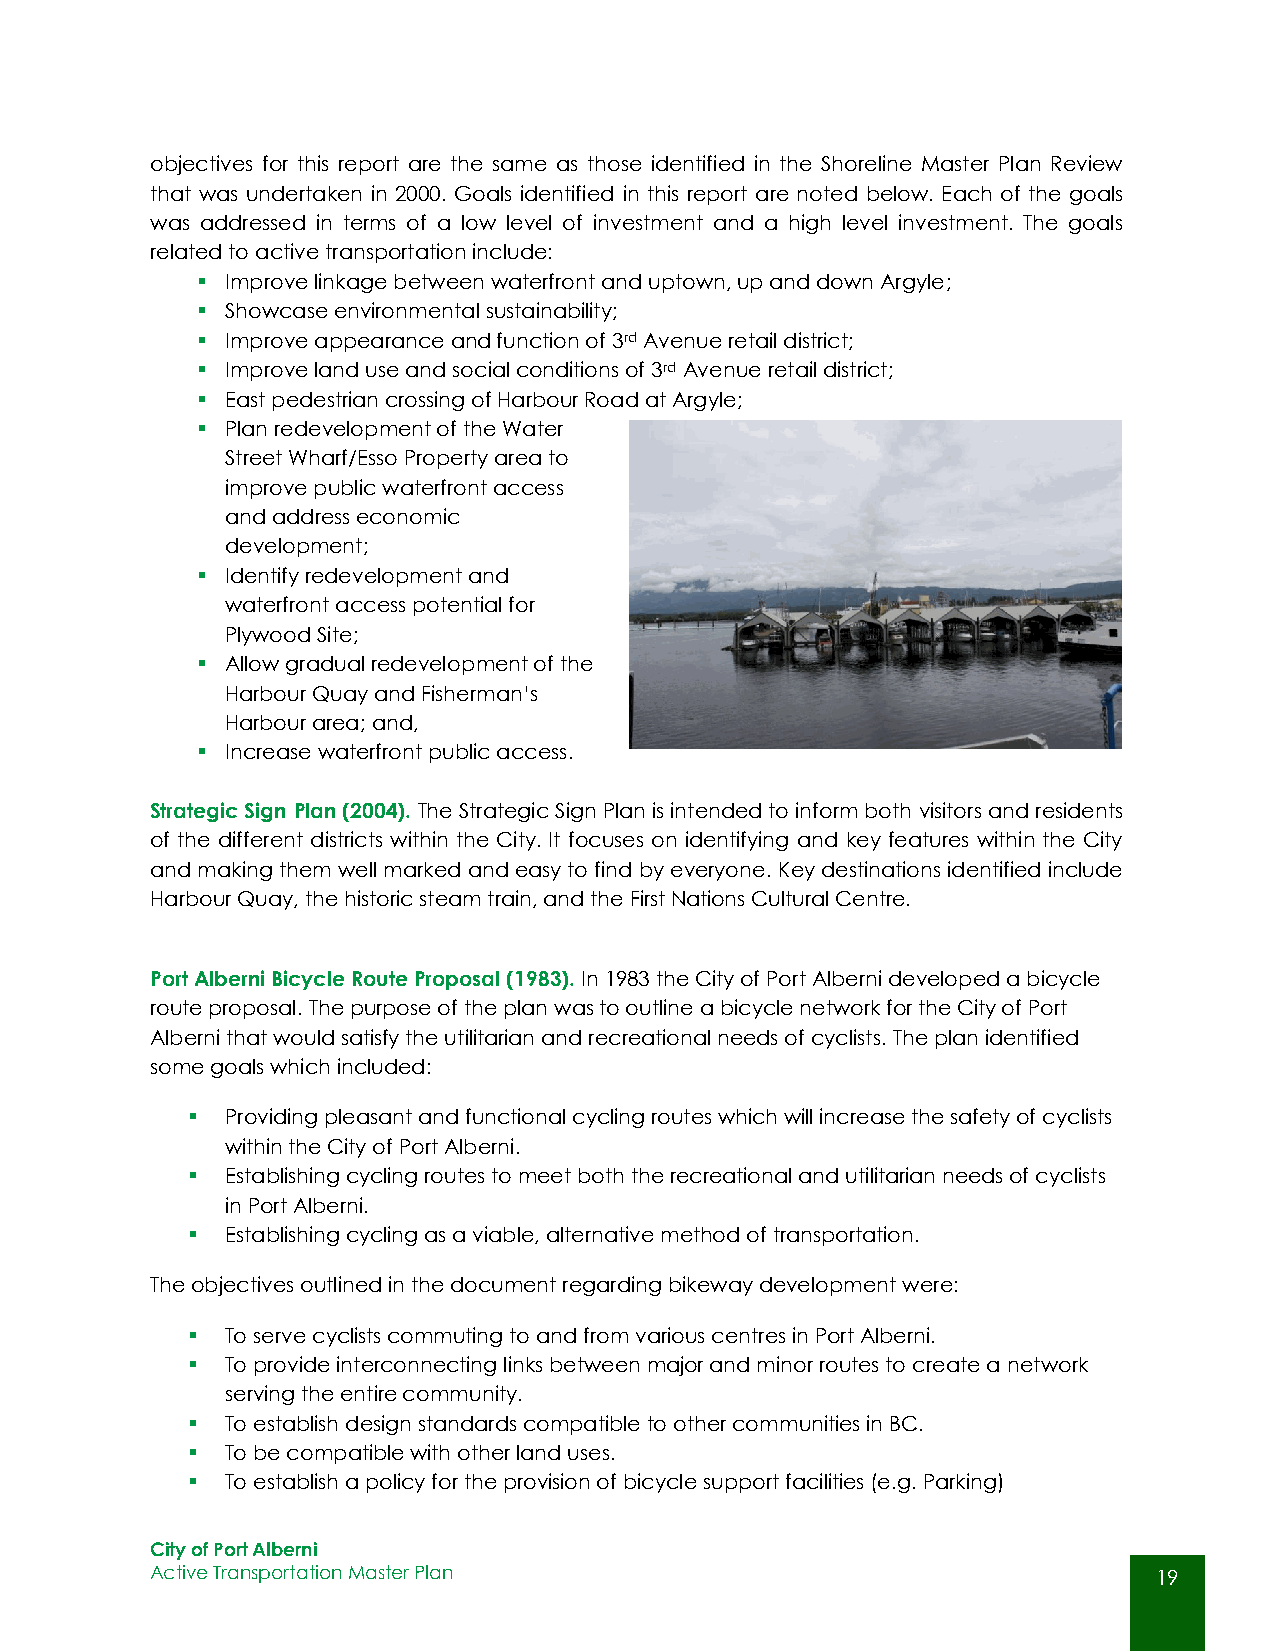
objectives for this report are the same as those identified in the Shoreline Master Plan Review
 that was undertaken in 2000. Goals identified in this report are noted below. Each of the goals
 was addressed in terms of a low level of investment and a high level investment. The goals
 related to active transportation include:
  Improve linkage between waterfront and uptown, up and down Argyle;
  Showcase environmental sustainability;
  Improve appearance and function of 3rd Avenue retail district;
  Improve land use and social conditions of 3rd Avenue retail district;
  East pedestrian crossing of Harbour Road at Argyle;
  Plan redevelopment of the Water
 Street Wharf/Esso Property area to
 improve public waterfront access
 and address economic
 development;
  Identify redevelopment and
 waterfront access potential for
 Plywood Site;
  Allow gradual redevelopment of the
 Harbour Quay and Fisherman’s
 Harbour area; and,
  Increase waterfront public access.
 Strategic Sign Plan (2004). The Strategic Sign Plan is intended to inform both visitors and residents
 of the different districts within the City. It focuses on identifying and key features within the City
 and making them well marked and easy to find by everyone. Key destinations identified include
 Harbour Quay, the historic steam train, and the First Nations Cultural Centre.
 Port Alberni Bicycle Route Proposal (1983). In 1983 the City of Port Alberni developed a bicycle
 route proposal. The purpose of the plan was to outline a bicycle network for the City of Port
 Alberni that would satisfy the utilitarian and recreational needs of cyclists. The plan identified
 some goals which included:
   Providing pleasant and functional cycling routes which will increase the safety of cyclists
 within the City of Port Alberni.
   Establishing cycling routes to meet both the recreational and utilitarian needs of cyclists
 in Port Alberni.
   Establishing cycling as a viable, alternative method of transportation.
 The objectives outlined in the document regarding bikeway development were:
   To serve cyclists commuting to and from various centres in Port Alberni.
   To provide interconnecting links between major and minor routes to create a network
 serving the entire community.
   To establish design standards compatible to other communities in BC.
   To be compatible with other land uses.
   To establish a policy for the provision of bicycle support facilities (e.g. Parking)
 City of Port Alberni
 Active Transportation Master Plan                                  19
 19